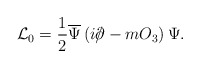
\begin{align*}{\cal L}_0= \frac 1 2 \overline \Psi \left ( i\rlap\slash\partial - m O_3 \right ) \Psi.\end{align*}